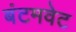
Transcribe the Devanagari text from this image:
बंटमवेट